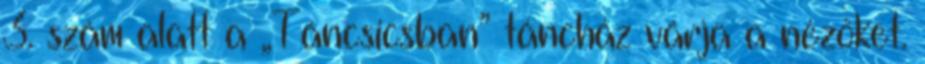
3. szám alatt a „Táncsicsban” táncház várja a nézőket.